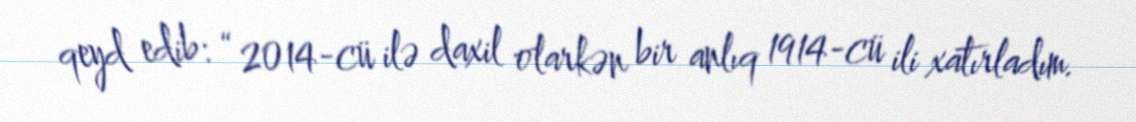
qeyd edib: “2014-cü ilə daxil olarkən bir anlıq 1914-cü ili xatırladım.